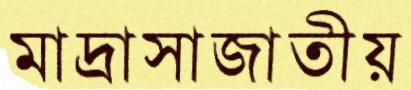
মাদ্রাসাজাতীয়